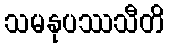
သမနုပဿသီတိ